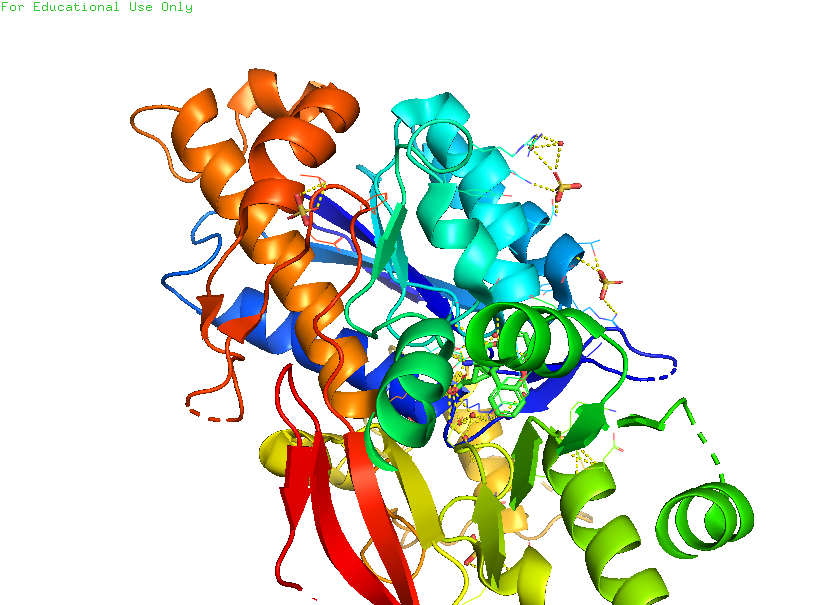
pymol, preset, ligand_cartoon